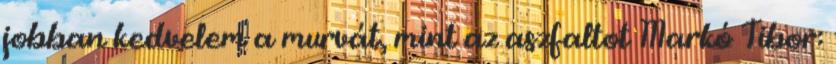
jobban kedvelem a murvát, mint az aszfaltot Markó Tibor: